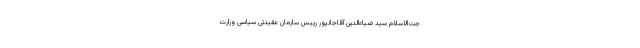
جت‌الاسلام سید ضیاء‌الدین آقاجانپور رییس سازمان عقیدتی سیاسی وزارت